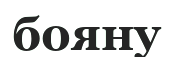
бояну